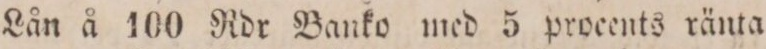
Lån å 100 Rdr Banko med 5 procents ränta